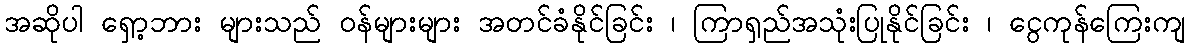
အဆိုပါ ရှော့ဘား များသည် ဝန်များများ အတင်ခံနိုင်ခြင်း ၊ ကြာရှည်အသုံးပြုနိုင်ခြင်း ၊ ငွေကုန်ကြေးကျ